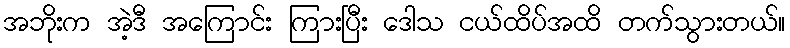
အဘိုးက အဲ့ဒီ အကြောင်း ကြားပြီး ဒေါသ ငယ်ထိပ်အထိ တက်သွားတယ်။